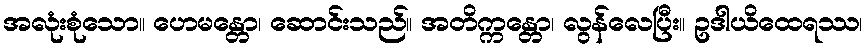
အလုံးစုံသော။ ဟေမန္တော၊ ဆောင်းသည်။ အတိက္ကန္တော၊ လွန်လေပြီး။ ဥဒါယိထေရဿ၊